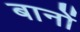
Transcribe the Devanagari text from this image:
बानों